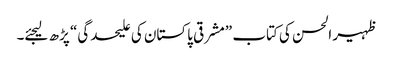
ظہیر الحسن کی کتاب ”مشرقی پاکستان کی علیحدگی“ پڑھ لیجئے۔